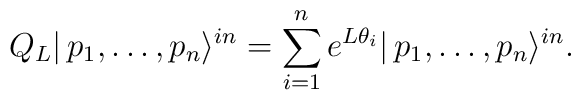
Q_{L}|\,p_{1},\dots ,p_{n}\rangle ^{in}=\sum_{i=1}^{n}e^{L\theta_{i}}|\,p_{1},\dots ,p_{n}\rangle ^{in}.